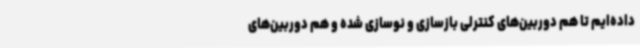
داده‌ایم تا هم دوربین‌های کنترلی بازسازی و نوسازی شده و هم دوربین‌های